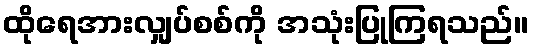
ထိုရေအားလျှပ်စစ်ကို အသုံးပြုကြရသည်။